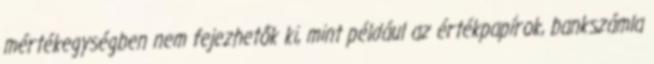
mértékegységben nem fejezhetők ki, mint például az értékpapírok, bankszámla